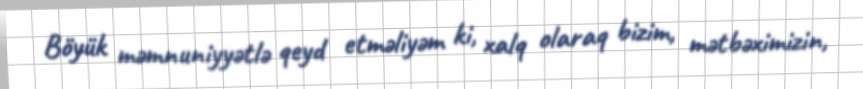
Böyük məmnuniyyətlə qeyd etməliyəm ki, xalq olaraq bizim, mətbəximizin,